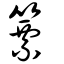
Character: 篻